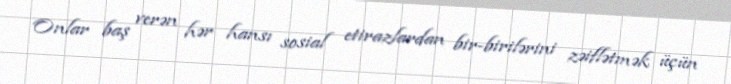
Onlar baş verən hər hansı sosial etirazlardan bir-birilərini zəiflətmək üçün